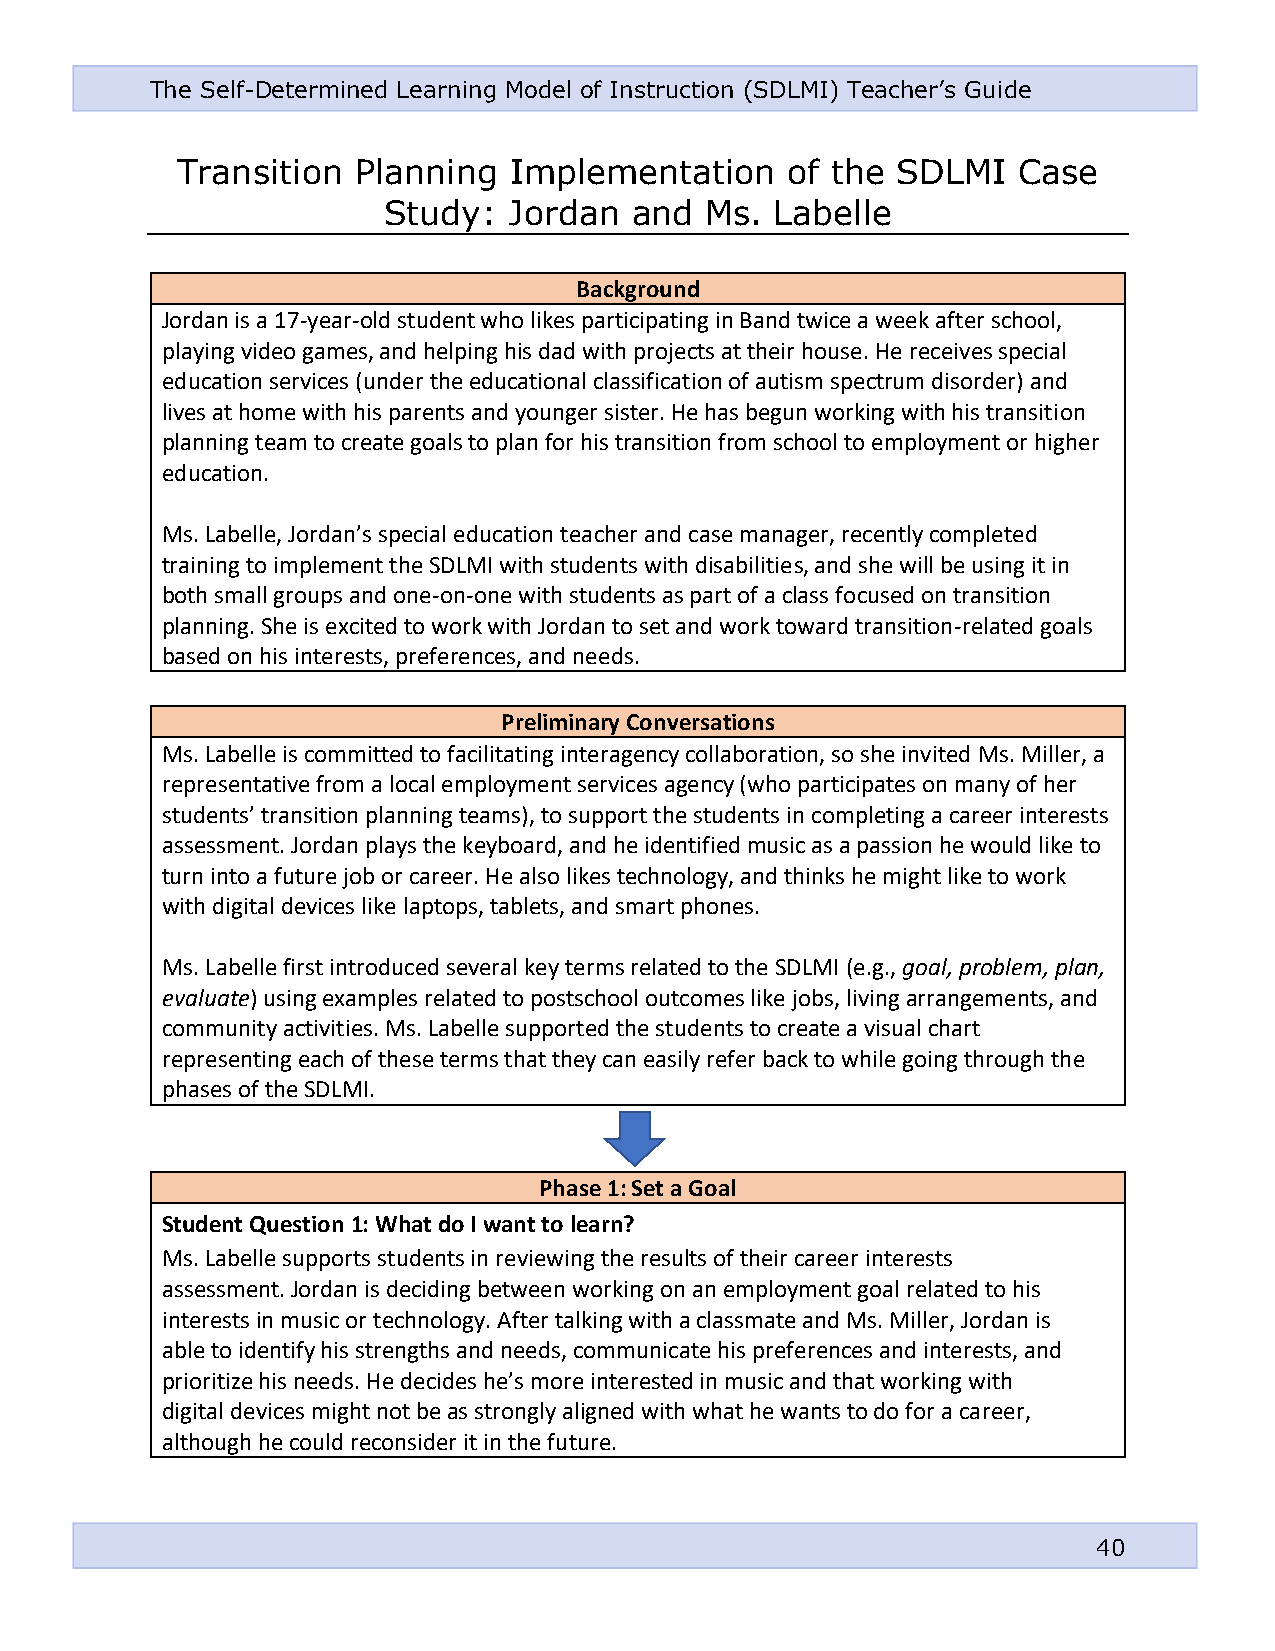
The Self-Determined Learning Model of Instruction (SDLMI) Teacher’s Guide
 Transition  Planning  Implementation    of the SDLMI   Case
 Study:   Jordan  and  Ms. Labelle
 Background
 Jordan is a 17-year-old student who likes participating in Band twice a week after school,
 playing video games, and helping his dad with projects at their house. He receives special
 education services (under the educational classification of autism spectrum disorder) and
 lives at home with his parents and younger sister. He has begun working with his transition
 planning team to create goals to plan for his transition from school to employment or higher
 education.
 Ms. Labelle, Jordan’s special education teacher and case manager, recently completed
 training to implement the SDLMI with students with disabilities, and she will be using it in
 both small groups and one-on-one with students as part of a class focused on transition
 planning. She is excited to work with Jordan to set and work toward transition-related goals
 based on his interests, preferences, and needs.
 Preliminary Conversations
 Ms. Labelle is committed to facilitating interagency collaboration, so she invited Ms. Miller, a
 representative from a local employment services agency (who participates on many of her
 students’ transition planning teams), to support the students in completing a career interests
 assessment. Jordan plays the keyboard, and he identified music as a passion he would like to
 turn into a future job or career. He also likes technology, and thinks he might like to work
 with digital devices like laptops, tablets, and smart phones.
 Ms. Labelle first introduced several key terms related to the SDLMI (e.g., goal, problem, plan,
 evaluate) using examples related to postschool outcomes like jobs, living arrangements, and
 community activities. Ms. Labelle supported the students to create a visual chart
 representing each of these terms that they can easily refer back to while going through the
 phases of the SDLMI.
 Phase 1: Set a Goal
 Student Question 1: What do I want to learn?
 Ms. Labelle supports students in reviewing the results of their career interests
 assessment. Jordan is deciding between working on an employment goal related to his
 interests in music or technology. After talking with a classmate and Ms. Miller, Jordan is
 able to identify his strengths and needs, communicate his preferences and interests, and
 prioritize his needs. He decides he’s more interested in music and that working with
 digital devices might not be as strongly aligned with what he wants to do for a career,
 although he could reconsider it in the future.
 40